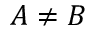
A \ne B